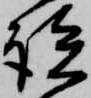
談